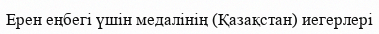
Ерен еңбегі үшін медалінің (Қазақстан) иегерлері